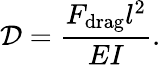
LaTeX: \mathcal{D}=\frac{F_{\mathrm{drag}}l^{2}}{EI}.